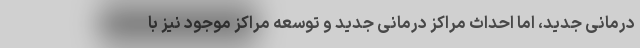
درمانی جدید، اما احداث مراکز درمانی جدید و توسعه مراکز موجود نیز با